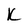
Character: K